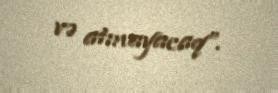
və atmayacaq”.